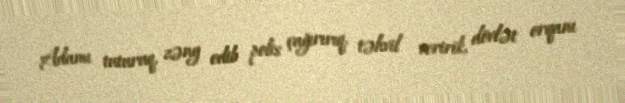
Adamı tuturuq, zəng edib polis çağırırıq, təhvil veririk, dövlət orqanı